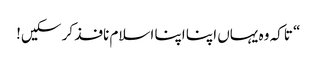
“ تاکہ وہ یہاں اپنا اپنا اسلام نافذ کر سکیں!